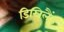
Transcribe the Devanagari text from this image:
डिस्निलैंड